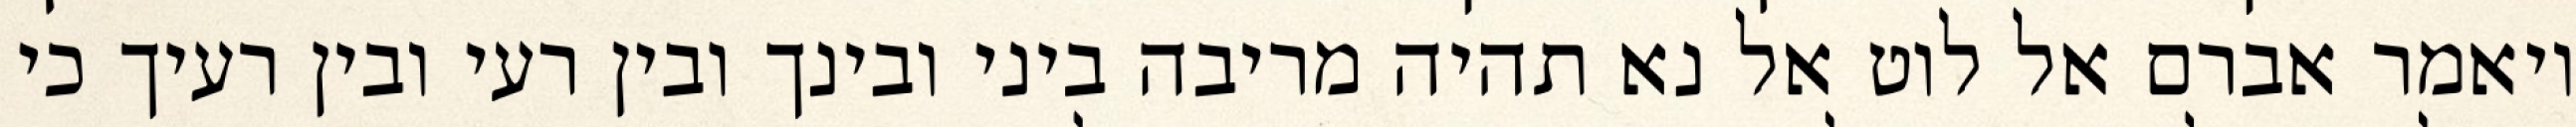
ויאמר אברם אל לוט אל נא תהיה מריבה ביני ובינך ובין רעי ובין רעיך כי